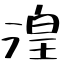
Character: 湟